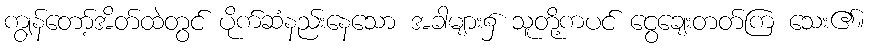
ကျွန်တော့်အိတ်ထဲတွင် ပိုက်ဆံနည်းနေသော အခါများ၌ သူတို့ကပင် ငွေချေးတတ်ကြ သေး၏။